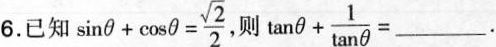
6.已知 $$ sin \sin \theta + \cos \theta = \frac { \sqrt { 2 } } { 2 } $$, 则 $$\tan